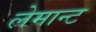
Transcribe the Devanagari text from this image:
लेमान्ट